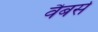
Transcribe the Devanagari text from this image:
वैबर्स